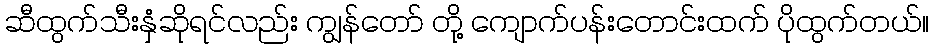
ဆီထွက်သီးနှံဆိုရင်လည်း ကျွန်တော် တို့ ကျောက်ပန်းတောင်းထက် ပိုထွက်တယ်။